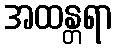
အထန္တရာ